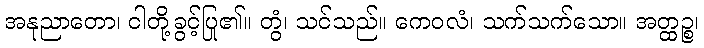
အနုညာတော၊ ငါတို့ခွင့်ပြု၏။ တွံ၊ သင်သည်။ ကေဝလံ၊ သက်သက်သော။ အတ္ထဉ္စ၊